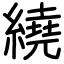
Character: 繞